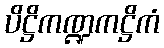
ပိဋ္ဌိကဏ္ဍကဋ္ဌိကံ